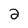
Character: 2